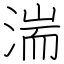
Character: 湍